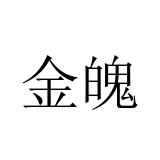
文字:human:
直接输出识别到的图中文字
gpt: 金魄